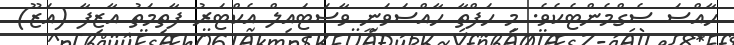
ހާއްސަ ސެގްމެންޓެކެވެ. މި ހަފްތާ ހާއްސަވަނީ ވާސަޓައިލް އެކްޓަރު ފާތިމަތު އާޒިފާ (އަޒޫ)